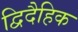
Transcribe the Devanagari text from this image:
द्विदैहिक